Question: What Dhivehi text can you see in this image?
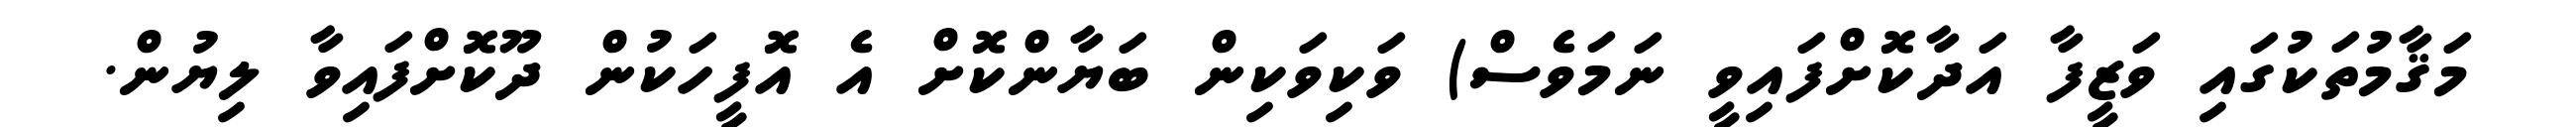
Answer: މަޤާމުތަކުގައި ވަޒީފާ އަދާކޮށްފައިވީ ނަމަވެސް) ވަކިވަކިން ބަޔާންކޮށް އެ އޮފީހަކުން ދޫކޮށްފައިވާ ލިޔުން.